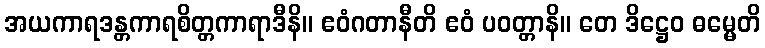
အယကာရဒန္တကာရစိတ္တကာရာဒီနိ။ ဧဝံဂတာနီတိ ဧဝံ ပဝတ္တာနိ။ တေ ဒိဋ္ဌေဝ ဓမ္မေတိ